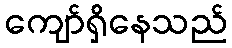
ကျော်ရှိနေသည်